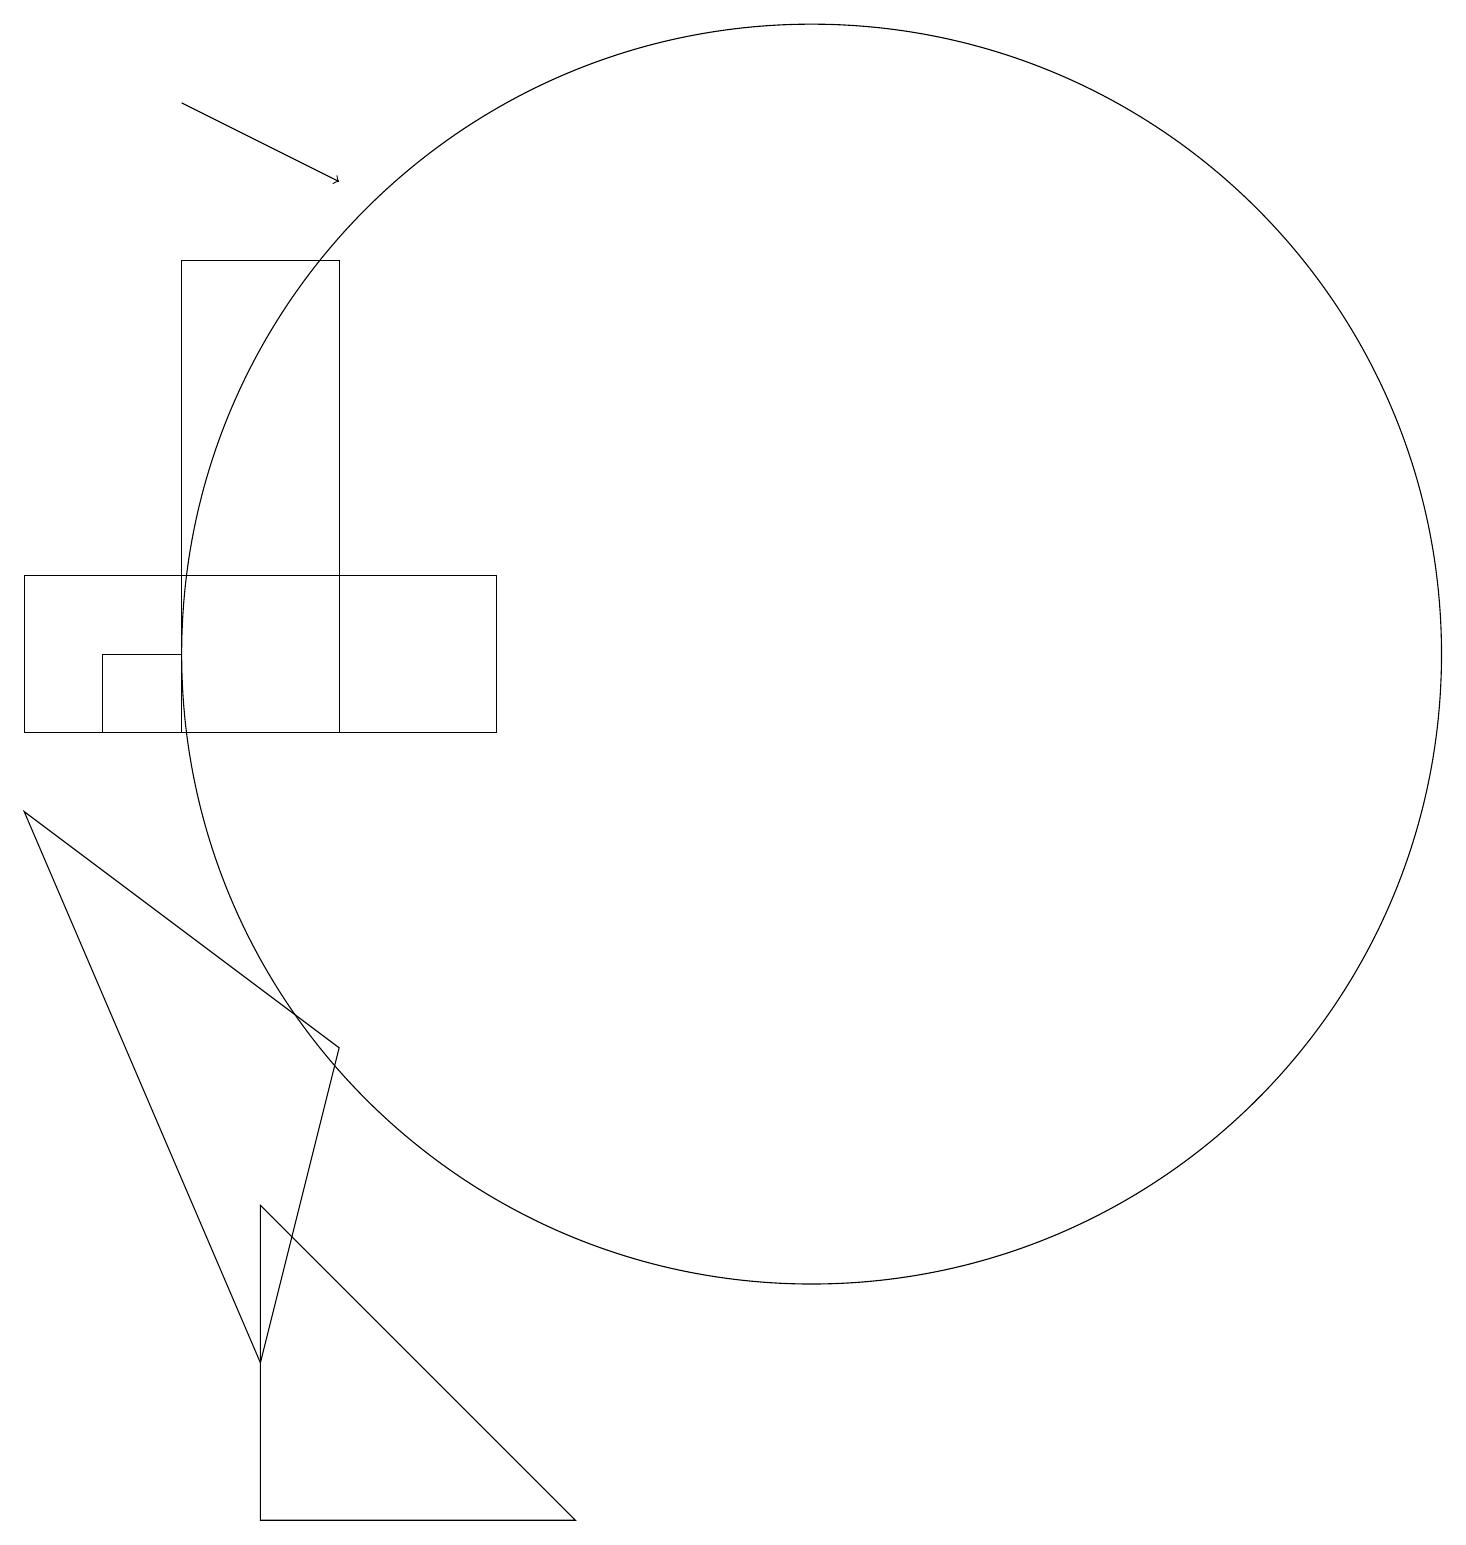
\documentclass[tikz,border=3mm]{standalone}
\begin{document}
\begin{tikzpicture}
\draw (4,0) -- (4,4) -- (8,0) -- cycle;
\draw (7,10) rectangle (1,12);
\draw (4,2) -- (1,9) -- (5,6) -- cycle;
\draw (5,16) rectangle (3,10);
\draw[->] (3,18) -- (5,17);
\draw (3,11) rectangle (2,10);
\draw (11,11) circle (8);
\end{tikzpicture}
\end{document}